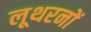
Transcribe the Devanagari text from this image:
लूथरनों